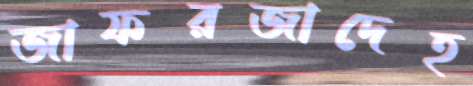
জাফরজাদেহ